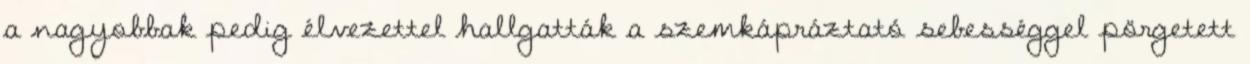
a nagyobbak pedig élvezettel hallgatták a szemkápráztató sebességgel pörgetett